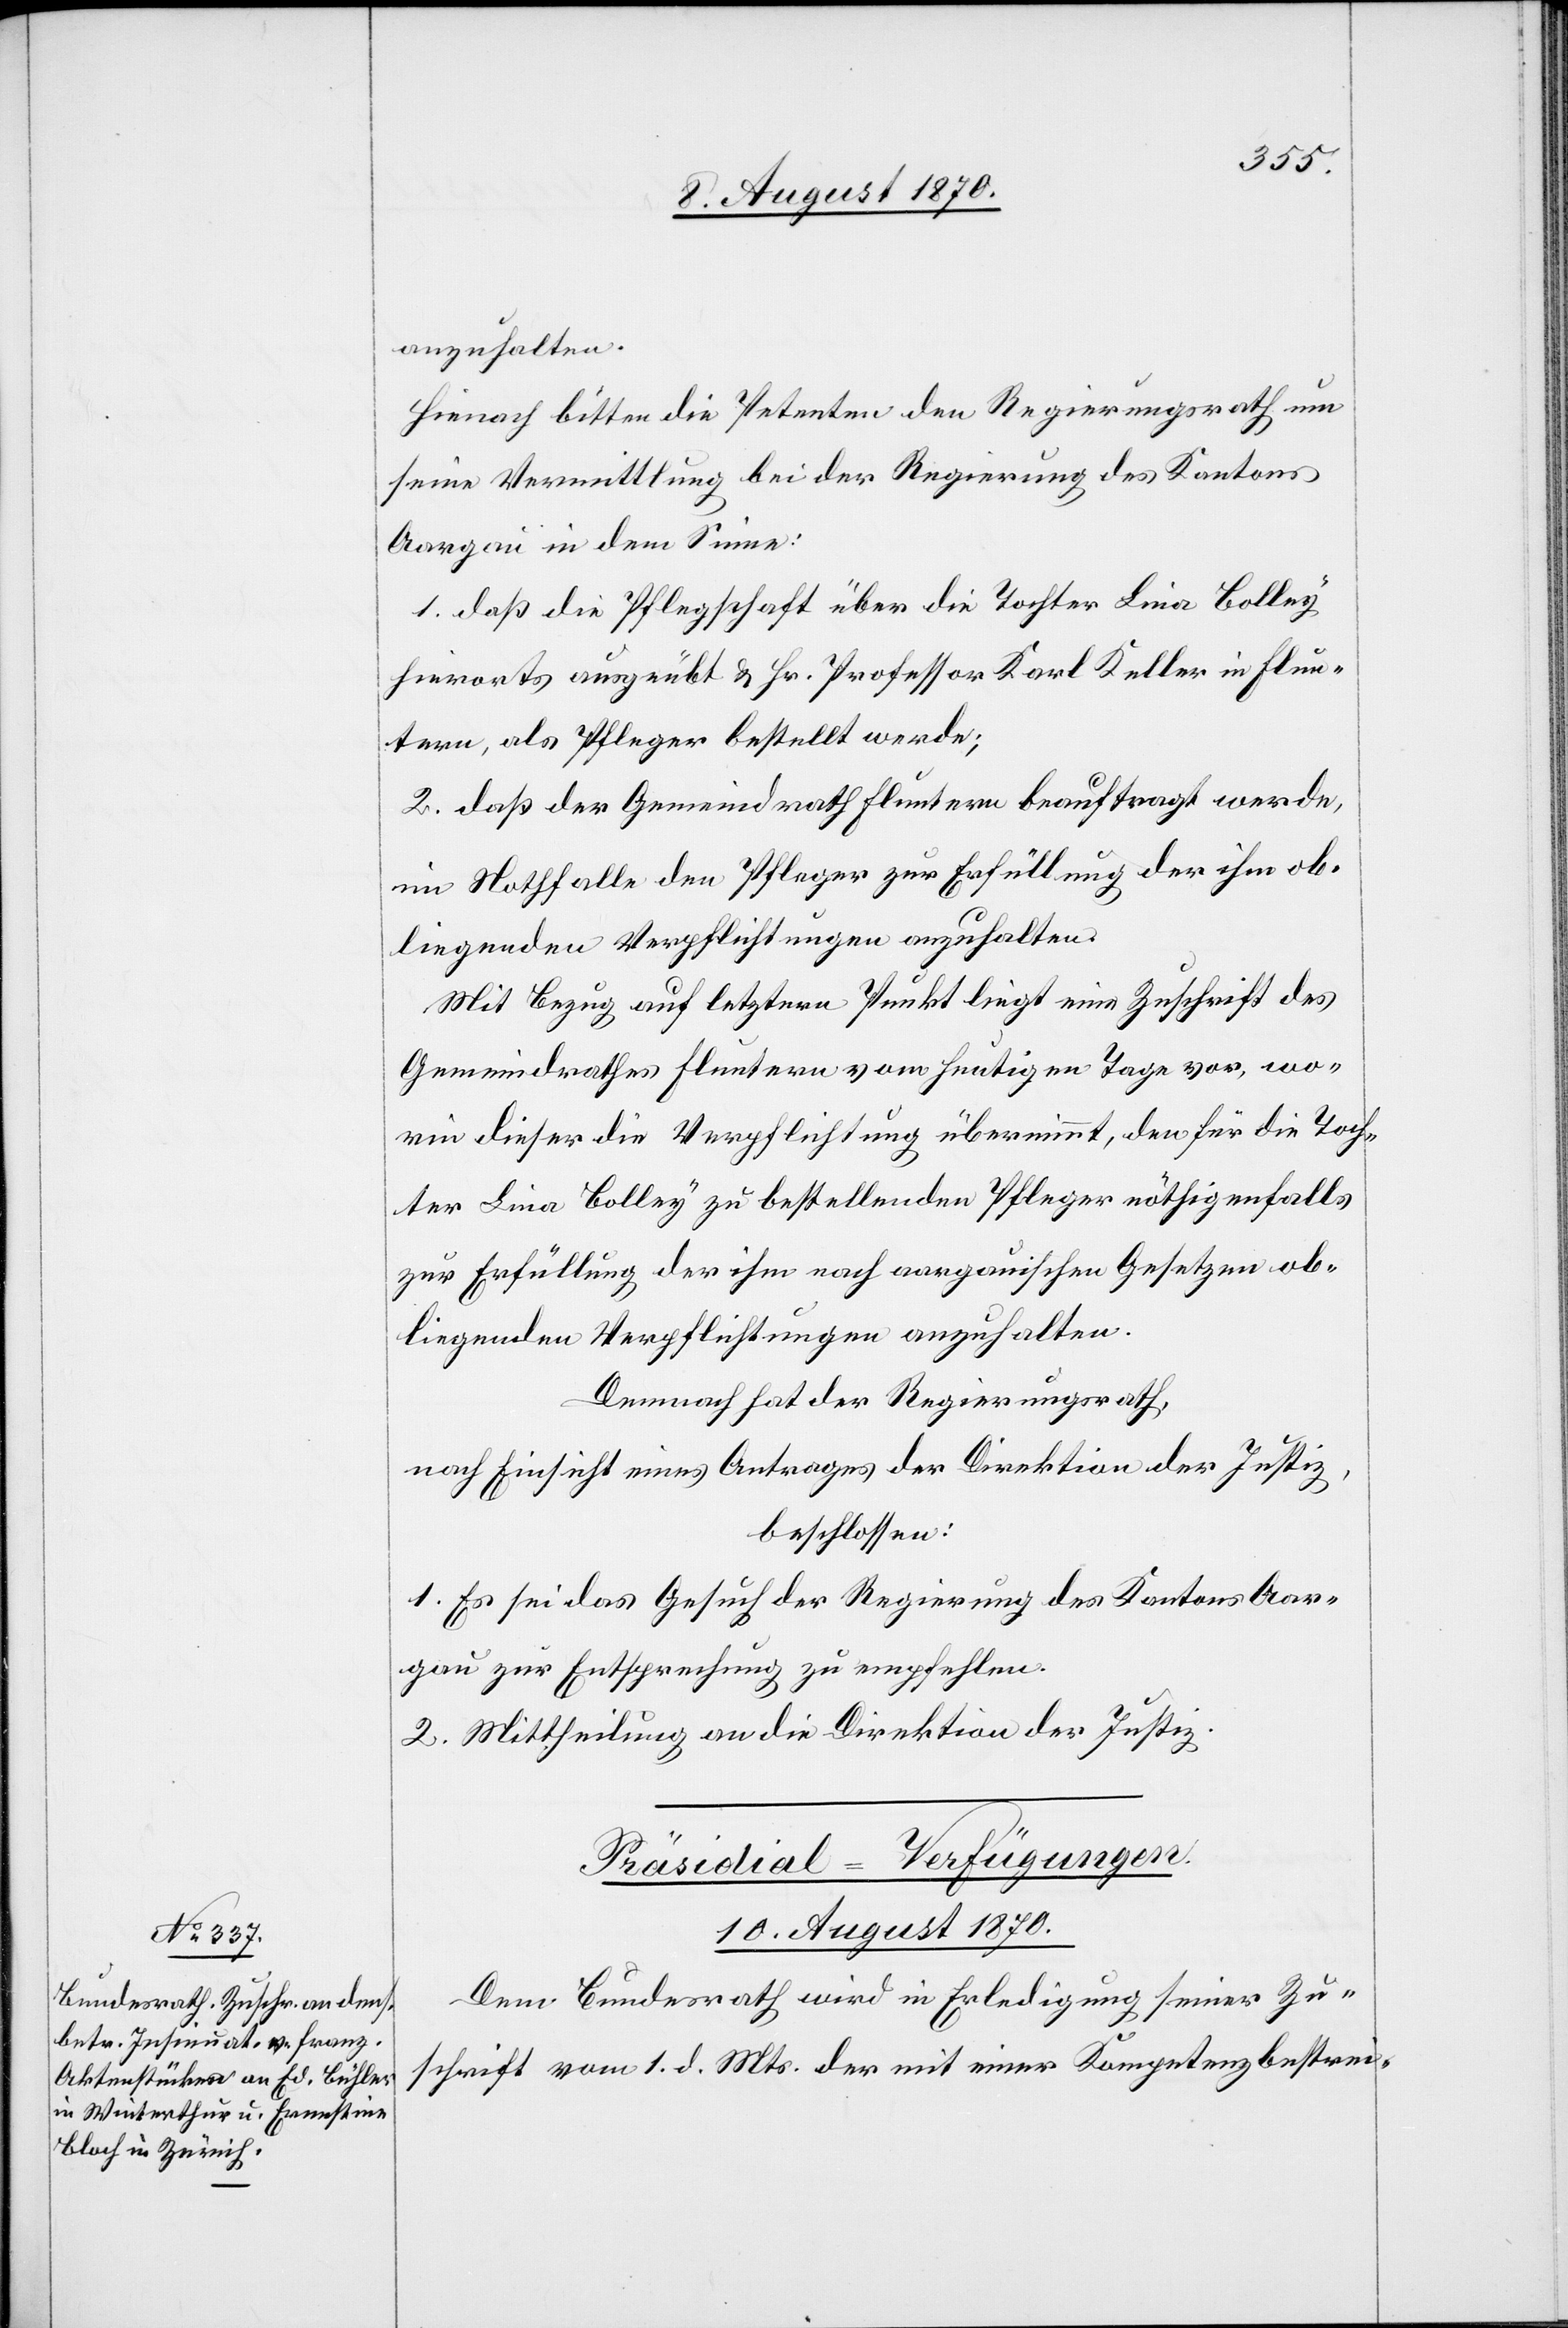
anzuhalten.
Hienach bitten die Petenten den Regierungsrath um
seine Vermittlung bei der Regierung des Kantons
Aargau in dem Sinne:
1. daß die Pflegschaft über die Tochter Lina Bolley
hierorts ausgeübt & Hr. Professor Karl Keller in Flun¬
tern, als Pfleger bestellt werde;
2. daß der Gemeindrath Fluntern beauftragt werde,
im Nothfalle den Pfleger zur Erfüllung der ihm ob¬
liegenden Verpflichtungen anzuhalten.
Mit Bezug auf den letztern Punkt liegt eine Zuschrift des
Gemeindrathes Fluntern vom heutigen Tage vor, wo¬
rin dieser die Verpflichtung übernimmt, den für die Toch¬
ter Lina Bolley zu bestellenden Pfleger nöthigenfalls
zur Erfüllung der ihm nach aargauischen Gesetzen ob¬
liegenden Verpflichtungen anzuhalten.
Demnach hat der Regierungsrath,
nach Einsicht eines Antrages der Direktion der Justiz,
beschlossen:
1. Es sei das Gesuch der Regierung des Kantons Aar¬
gau zur Entsprechung zu empfehlen.
2. Mittheilung an die Direktion der Justiz.
Präsidial-Verfügungen.
10. August 1870.
Dem Bundesrath wird in Erledigung seiner Zu¬
schrift vom 1. d. Mts. der mit einer Kompetenzbestrei-